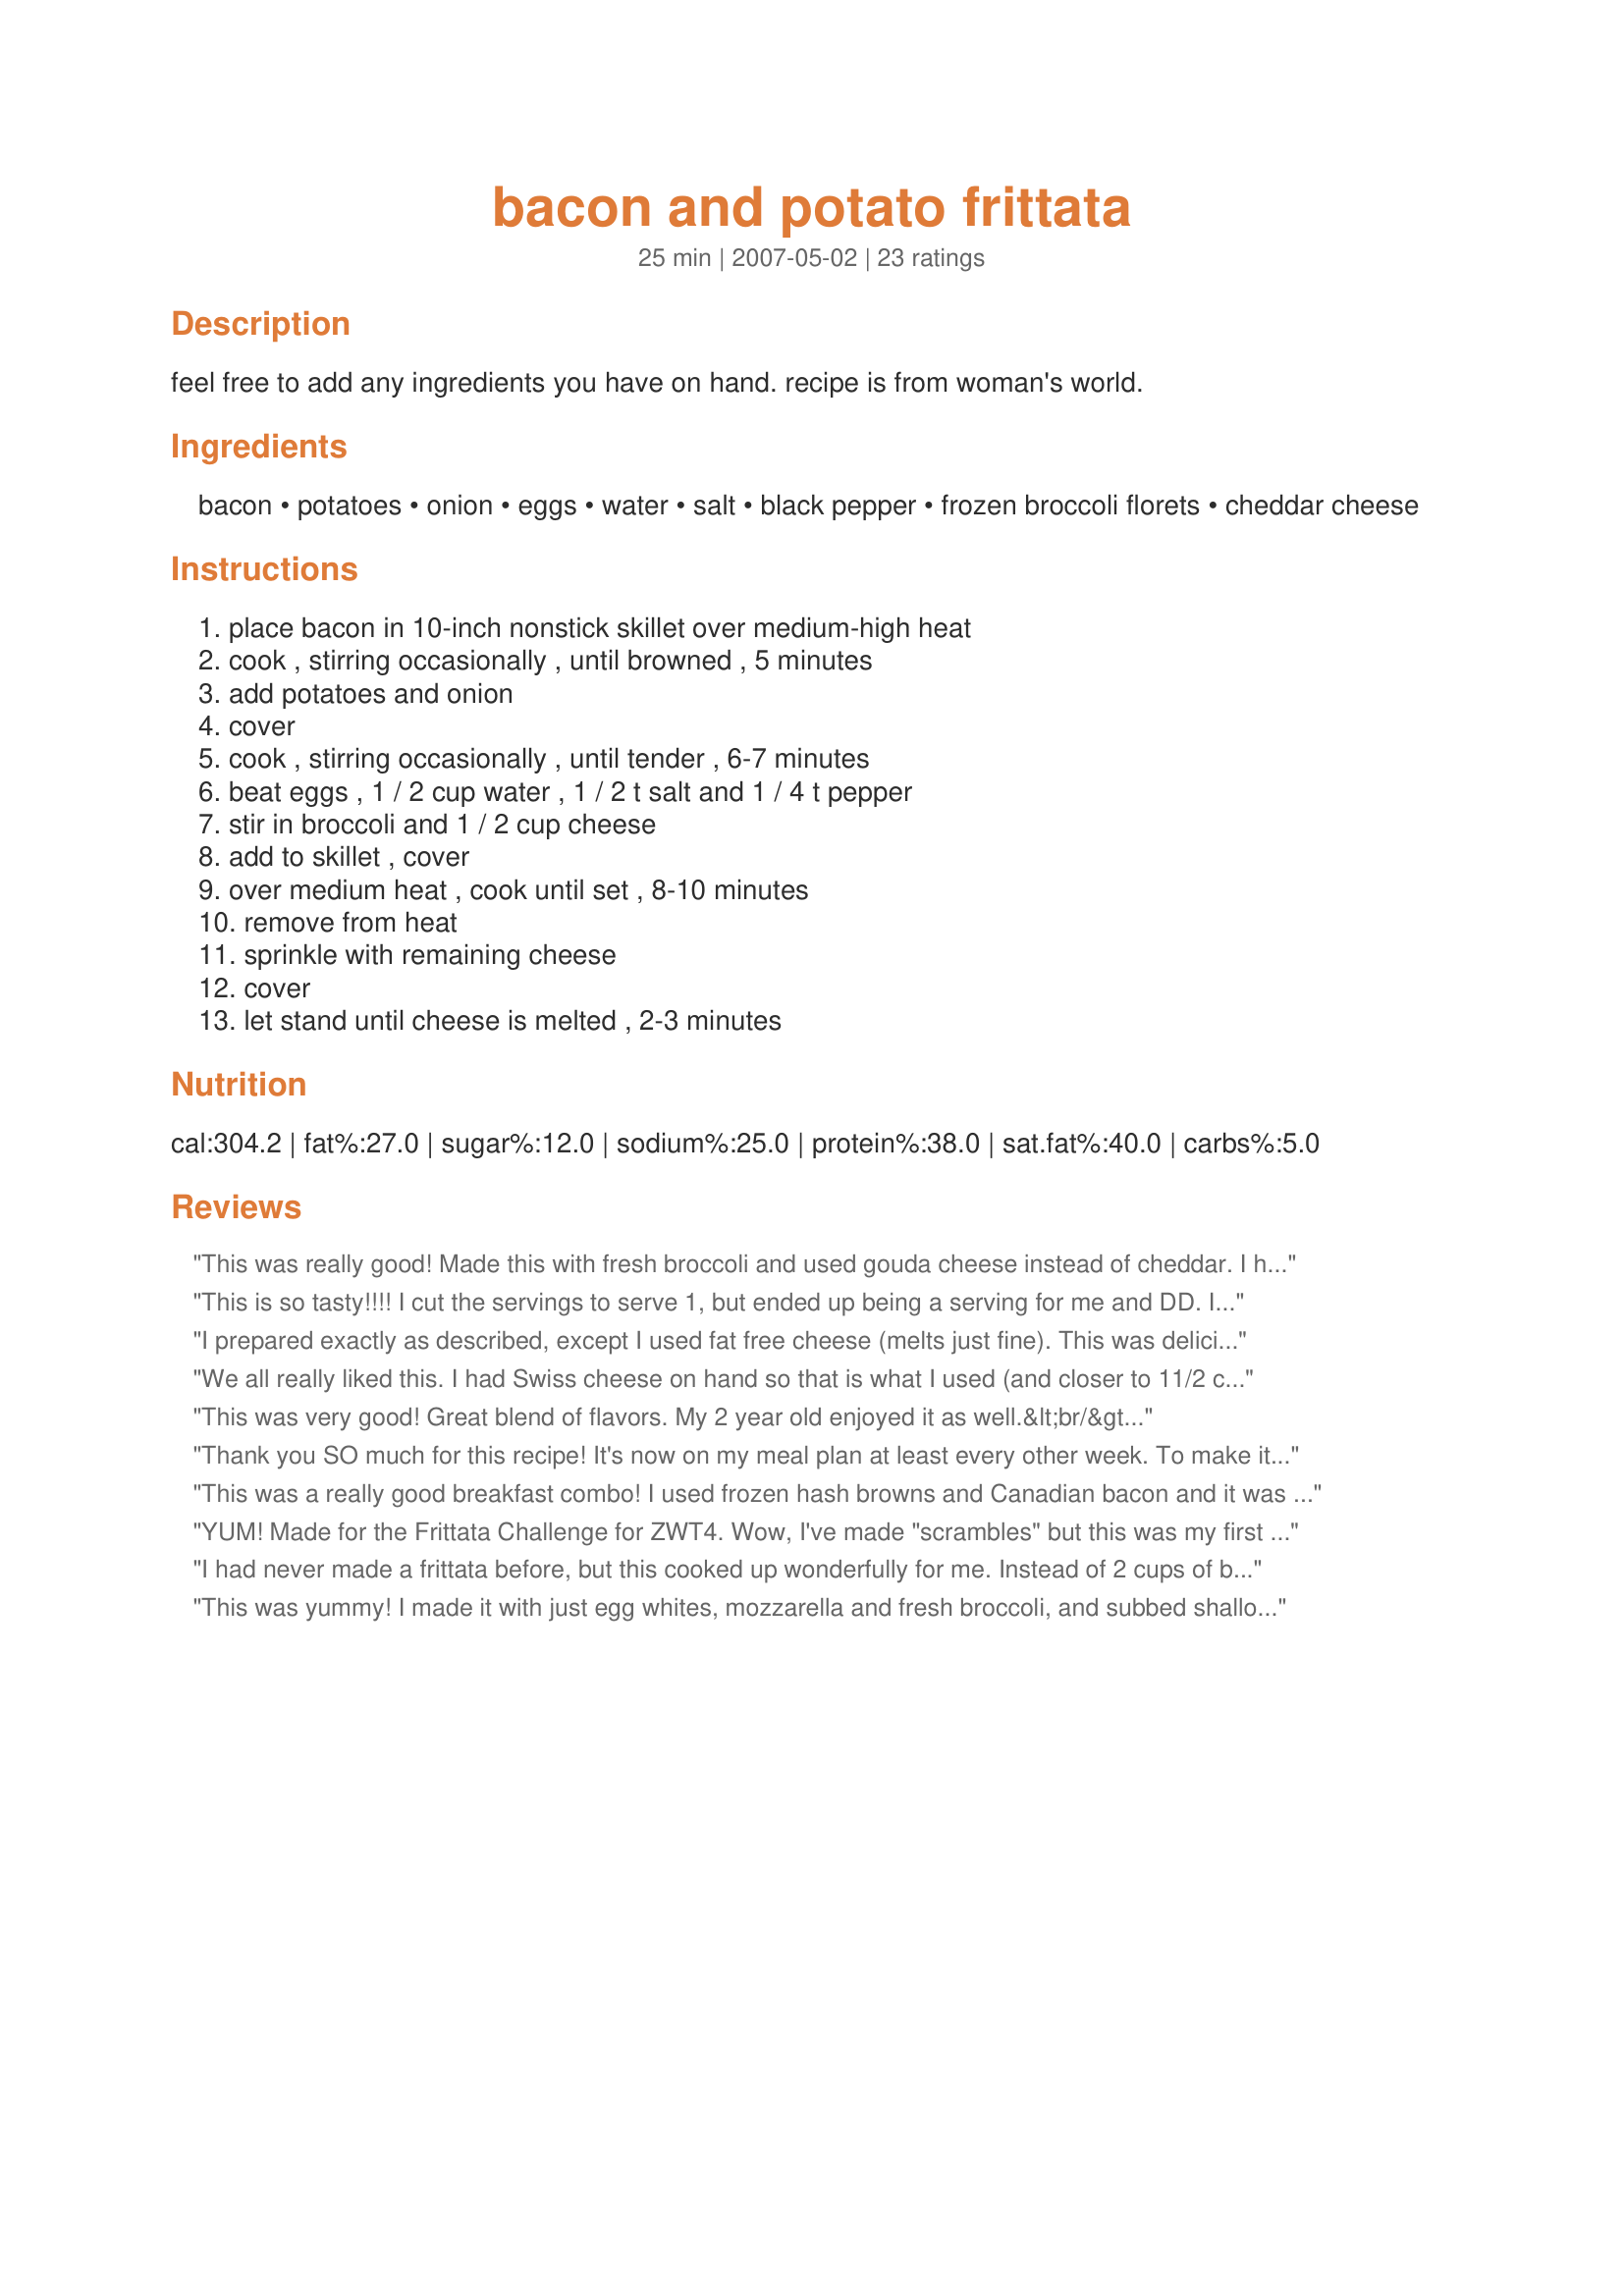
bacon and potato frittata
Preparation time: 25 minutes

feel free to add any ingredients you have on hand. recipe is from woman's world.

Ingredients:
bacon, potatoes, onion, eggs, water, salt, black pepper, frozen broccoli florets, cheddar cheese

Steps:
place bacon in 10-inch nonstick skillet over medium-high heat, cook , stirring occasionally , until browned , 5 minutes, add potatoes and onion, cover, cook , stirring occasionally , until tender , 6-7 minutes, beat eggs , 1 / 2 cup water , 1 / 2 t salt and 1 / 4 t pepper, stir in broccoli and 1 / 2 cup cheese, add to skillet , cover, over medium heat , cook until set , 8-10 minutes, remove from heat, sprinkle with remaining cheese, cover, let stand until cheese is melted , 2-3 minutes

Reviews:
This was really good! Made this with fresh broccoli and used gouda cheese instead of cheddar.
I had to make it in my wok as my skillet was too small, it wouldn't get firm and i had to move it around a bit.. So no pics this time, lol. Made for ZWT4, team TTT
This is so tasty!!!! I cut the servings to serve 1, but ended up being a serving for me and DD. I forgot to get the broccoli, and used Simply Potatoes Hash Browns, but followed the rest as written. I served this with blueberry muffins for a wonderful breakfast!! Thanks for sharing Lainey!!! Made for zaar stars tag.
I prepared exactly as described, except I used fat free cheese (melts just fine). This was delicious. Thank you for posting.
We all really liked this. I had Swiss cheese on hand so that is what I used (and closer to 11/2 cups). It did scorch a bit on the bottom but it still tasted great. I will make this again. This was made for ZWT4. Thanks for sharing your yummy recipe.
This was very good! Great blend of flavors. My 2 year old enjoyed it as well.&lt;br/&gt;I did have to increase cooking time to 45 minutes for the center to set. I may reduce the amount of water next time to help speed up cooking time. Reheated very well for breakfast the following day. Thanks for a great recipe!
Thank you SO much for this recipe! It's now on my meal plan at least every other week. To make it a heartier dinner, I reduced the broccoli to slightly under 1 cup and added 1 cup diced ham. I've used a mixture of cheese - depending on what I have on hand. My family said I can make this anytime!

Also - I've found it reheats very well. Microwave a slice for 20-30 seconds and finish in the toaster oven.

Making this for more people was easy too: To increase for a 12" pan, increase by 2 eggs and add an extra 1/4 of everything else. Cooking takes slightly longer.
This was a really good breakfast combo! I used frozen hash browns and Canadian bacon and it was delightful - even my nephew, who is a decidedly picky eater, tried it and declared it good. Thanks for posting Lainey!
YUM! Made for the Frittata Challenge for ZWT4. Wow, I've made "scrambles" but this was my first frittata! I had some red bell pepper which really looked festive and tasted great. I used more cheese, about 1 1/2 cups total, including some mozzerella I had leftover. I did turn the burner down to low and let it set up while moving bits of it and letting the liquid fall to the bottom of the pan. We weren't in a hurry, so it took about 15 minuteson low. This recipe will be used often for a nice summer supper. I will even use Egg Beaters to reduce the fat. It's a keeper, thanks, Lainey
I had never made a frittata before, but this cooked up wonderfully for me. Instead of 2 cups of broccoli, I used four cups of raw, baby spinach, which was excellent.
This was yummy! I made it with just egg whites, mozzarella and fresh broccoli, and subbed shallots and some garlic for the onion because I was out. I also added a little mushroom like Nick's Mom suggested and it was delicious! On the cooking, I took out the bacon before frying the shallots then crumbled it back on top before it finished. I had to finish it in the broiler for a few minutes to get it to set without burning the bottom.... Honestly I still burned it a little, but it was still really good! Thanks for posting. Made for ZWT4!
This was my first time making a frittata and this was a great one to begin with. It was very easy to make and I loved the flavors of the bacon, potatoes and broccoli in this dish. Yummy! Made for ZWT4.
Delicious! I didn't have any broccoli so I just added a little extra bacon and potato. Mushrooms may be a nice addition next time. This was very quick and easy to put together. I would definitely make again. Made for ZWT4
easy great tasting breakfast didnt peel potatoes worked great loved the broccoli
Great recipe! I can't make a nice neat omelette to save my life. so this was perfect for me. I used frozen hashbrowns for this and skim milk in place of water. Great combination of ingredients for breakfast or any meal, really. Thanx!
This was really good! I left out the onions and the broccoli and I used a whole package of bacon and three large potatoes. I put some olive oil on the potatoes just to keep them from sticking to the pan. I am looking forward to making this again sometime!
I love making homemade frittatas. They are such a great way to use leftovers. This was delicious. Bacon and potato is one of my favourite combinations ever and I also loved the addition of broccoli. I poked mine in the top to make it look prettier, but equally I would make it with smaller bits of broccoli too. This is a great addition to our dinner rota!
Very nice dish. Prepared this for breakfast today and used red and green peppers cause I did not have the broccoli. Made for ZWT4.
What can I say but what a great breakfast we had this morning. We loved this recipe and will be having again. 10 Stars!
I made this for breakfast this morning and it was a hit! I used some asparagus I already had in the fridge in place of the broccoli. DH is asking when I'm going to make this again. :-)
Very nice tasting frittata, & easy to prepare, too! Instead of the sliced bacon, I used 1/4 cup of bacon bits, but other than that I made it as given here! Also made for great left-overs for the 2 of us! Thanks for sharing the recipe! [Tagged & made in Please Review My Recipe]
Great tasting breakfast this morning that the 4 of us enjoyed. I used half of the bacon, and added some diced ham that I heated up real quick. A nice start to the morning. Made for PRMR tag..Served with some apple - bacon pancakes.
An easy-to-prepare frittata which we thoroughly enjoyed. It is delicious warm or at room temperature (so could be used in packed lunches), though we preferred it warm. I couldn't resist adding 3 cloves of chopped garlic to the onions and I added a generous pinch of a rosemary and sage mix (in a grinder) in step five. Otherwise I made this exactly to the recipe.
I was looking for something easy to throw together tonight and found this recipe in the ZWT4 recipes. I had asparagus, which I threw in instead of broccoli. My husband asked me to make it again â€“ he loved it!. There weren't too many leftovers - and there's only 2 of us!!
